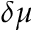
\delta \mu